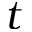
t